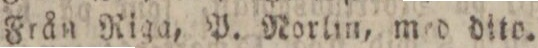
Från Riga, P. Norlin, med dite.